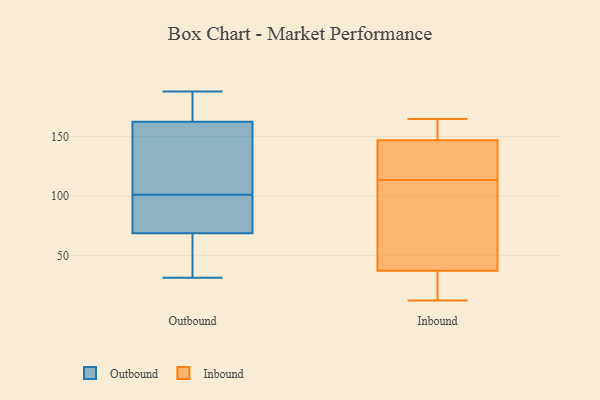
{"axis": {"x": "Energy Usage (MWh)", "y": "Value"}, "legend": ["Inbound", "Outbound"], "data": [{"x": "", "y": 31, "type": "Outbound"}, {"x": "", "y": 77, "type": "Outbound"}, {"x": "", "y": 70, "type": "Outbound"}, {"x": "", "y": 67, "type": "Outbound"}, {"x": "", "y": 188, "type": "Outbound"}, {"x": "", "y": 153, "type": "Outbound"}, {"x": "", "y": 50, "type": "Outbound"}, {"x": "", "y": 97, "type": "Outbound"}, {"x": "", "y": 128, "type": "Outbound"}, {"x": "", "y": 105, "type": "Outbound"}, {"x": "", "y": 181, "type": "Outbound"}, {"x": "", "y": 172, "type": "Outbound"}, {"x": "", "y": 49, "type": "Inbound"}, {"x": "", "y": 37, "type": "Inbound"}, {"x": "", "y": 165, "type": "Inbound"}, {"x": "", "y": 18, "type": "Inbound"}, {"x": "", "y": 118, "type": "Inbound"}, {"x": "", "y": 111, "type": "Inbound"}, {"x": "", "y": 116, "type": "Inbound"}, {"x": "", "y": 153, "type": "Inbound"}, {"x": "", "y": 103, "type": "Inbound"}, {"x": "", "y": 147, "type": "Inbound"}, {"x": "", "y": 143, "type": "Inbound"}, {"x": "", "y": 12, "type": "Inbound"}, {"x": "", "y": 35, "type": "Inbound"}, {"x": "", "y": 152, "type": "Inbound"}]}